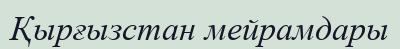
Қырғызстан мейрамдары